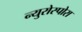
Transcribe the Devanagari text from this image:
न्युरोस्पोरा